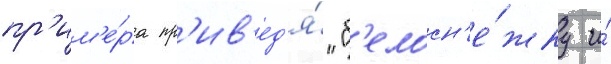
пр'им'е́ра пр'ив'ед'я́ "б'елосн'е́жку и́